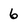
Character: 6